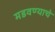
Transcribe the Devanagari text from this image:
मडवण्याचे